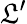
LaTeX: \mathfrak{L}^{\prime}